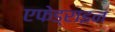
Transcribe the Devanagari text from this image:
एफेड्राइन